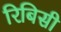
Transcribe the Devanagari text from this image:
रिबिसी